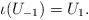
LaTeX: \begin{align*}\iota (U_{-1})=U_1.\end{align*}